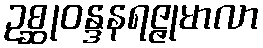
ဥစ္ဆုဝန္ဒနရဇ္ဇုမာလာ